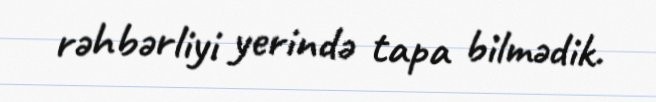
rəhbərliyi yerində tapa bilmədik.